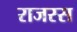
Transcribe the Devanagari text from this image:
राजस्स